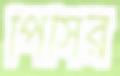
পিসির